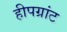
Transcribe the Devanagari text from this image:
हीपग्रांट